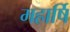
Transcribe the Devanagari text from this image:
महार्षि